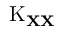
\operatorname { K } _ { \mathbf { X } \mathbf { X } }